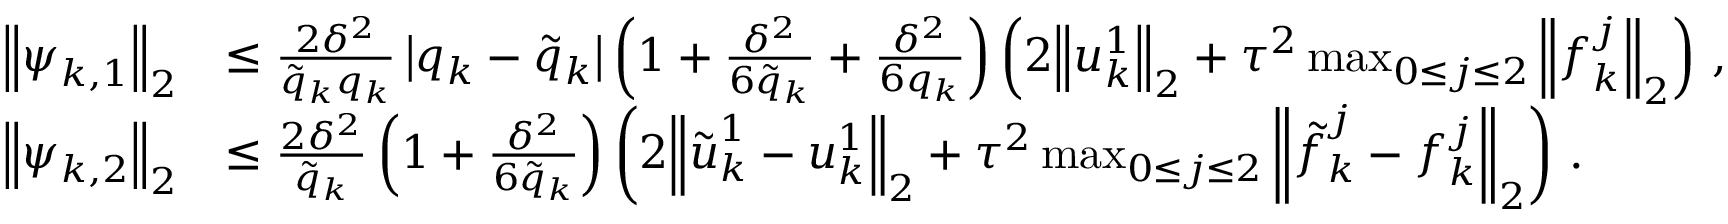
\begin{array} { r l } { { \left\| { \boldsymbol { \psi } } _ { k , 1 } \right\| } _ { 2 } } & { \leq \frac { 2 { \delta } ^ { 2 } } { { \tilde { q } } _ { k } { q } _ { k } } \left| { q } _ { k } - { \tilde { q } } _ { k } \right| \left( 1 + \frac { { \delta } ^ { 2 } } { { 6 } { \tilde { q } } _ { k } } + \frac { { \delta } ^ { 2 } } { { 6 } { q } _ { k } } \right) \left( 2 { \left\| { \boldsymbol { u } } _ { k } ^ { 1 } \right\| } _ { 2 } + { \tau } ^ { 2 } \operatorname* { m a x } _ { 0 \leq j \leq 2 } { { \left\| { \boldsymbol { f } } _ { k } ^ { j } \right\| } _ { 2 } } \right) \, , } \\ { { \left\| { \boldsymbol { \psi } } _ { k , 2 } \right\| } _ { 2 } } & { \leq \frac { 2 { \delta } ^ { 2 } } { { \tilde { q } } _ { k } } \left( 1 + \frac { { \delta } ^ { 2 } } { 6 { \tilde { q } } _ { k } } \right) \left( 2 { \left\| { \boldsymbol { \tilde { u } } } _ { k } ^ { 1 } - { \boldsymbol { u } } _ { k } ^ { 1 } \right\| } _ { 2 } + { \tau } ^ { 2 } \operatorname* { m a x } _ { 0 \leq j \leq 2 } { { \left\| { \boldsymbol { \tilde { f } } } _ { k } ^ { j } - { \boldsymbol { f } } _ { k } ^ { j } \right\| } _ { 2 } } \right) \, . } \end{array}